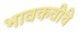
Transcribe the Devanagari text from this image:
भावकवींचे